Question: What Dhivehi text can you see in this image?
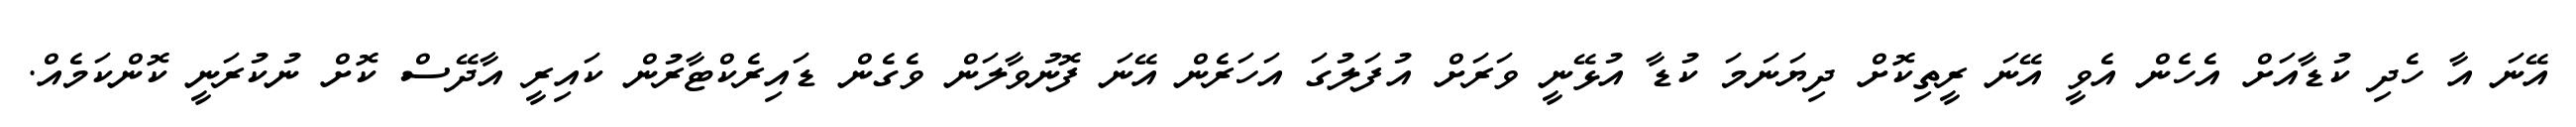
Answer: އޭނަ އާ ހެދި ކުޑާއަށް އެހެން އެވީ އޭނަ ރީތިކޮށް ދިޔަނަމަ ކުޑާ އުޅޭނީ ވަރަށް އުފަލުގަ އަހަރެން އޭނަ ފޮނުވާލަން ވެގެން ޑައިރެކްޓާރުން ކައިރީ އާދޭސް ކޮށް ނުކުރަނީ ކޮންކަމެއް.